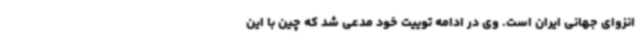
انزوای جهانی ایران است. وی در ادامه توییت خود مدعی شد که چین با این